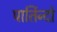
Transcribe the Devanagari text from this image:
पार्तिन्दो